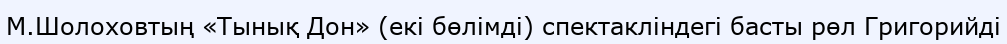
М.Шолоховтың «Тынық Дон» (екі бөлімді) спектакліндегі басты рөл Григорийді